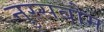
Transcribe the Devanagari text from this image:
नुस्सबौम